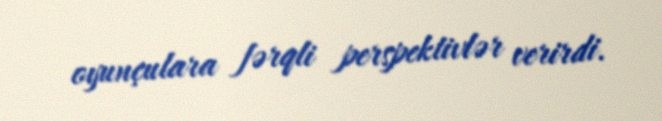
oyunçulara fərqli perspektivlər verirdi.